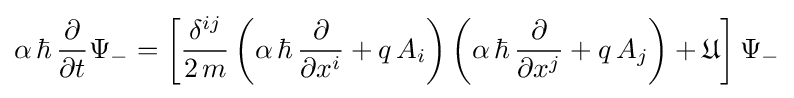
\alpha \,\hbar \,{\frac {\partial }{\partial t}}\Psi _{-}=\left[{\frac {\delta ^{ij}}{2\,m}}\left(\alpha \,\hbar \,{\frac {\partial }{\partial x^{i}}}+q\,A_{i}\right)\left(\alpha \,\hbar \,{\frac {\partial }{\partial x^{j}}}+q\,A_{j}\right)+{\mathfrak {U}}\right]\Psi _{-}